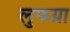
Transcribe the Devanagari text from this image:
लुफग्रा